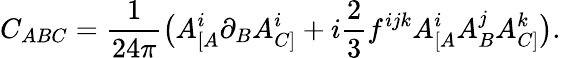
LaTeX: C_{ABC}=\frac{1}{24\pi}\big(A_{[A}^{i}\partial_{B}A_{C]}^{i}+i\frac{2}{3}f^{ijk}A_{[A}^{i}A_{B}^{j}A_{C]}^{k}\big).